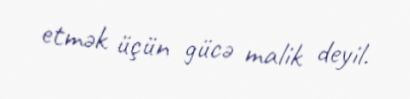
etmək üçün gücə malik deyil.